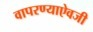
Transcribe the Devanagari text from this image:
वापरण्याऐवजी